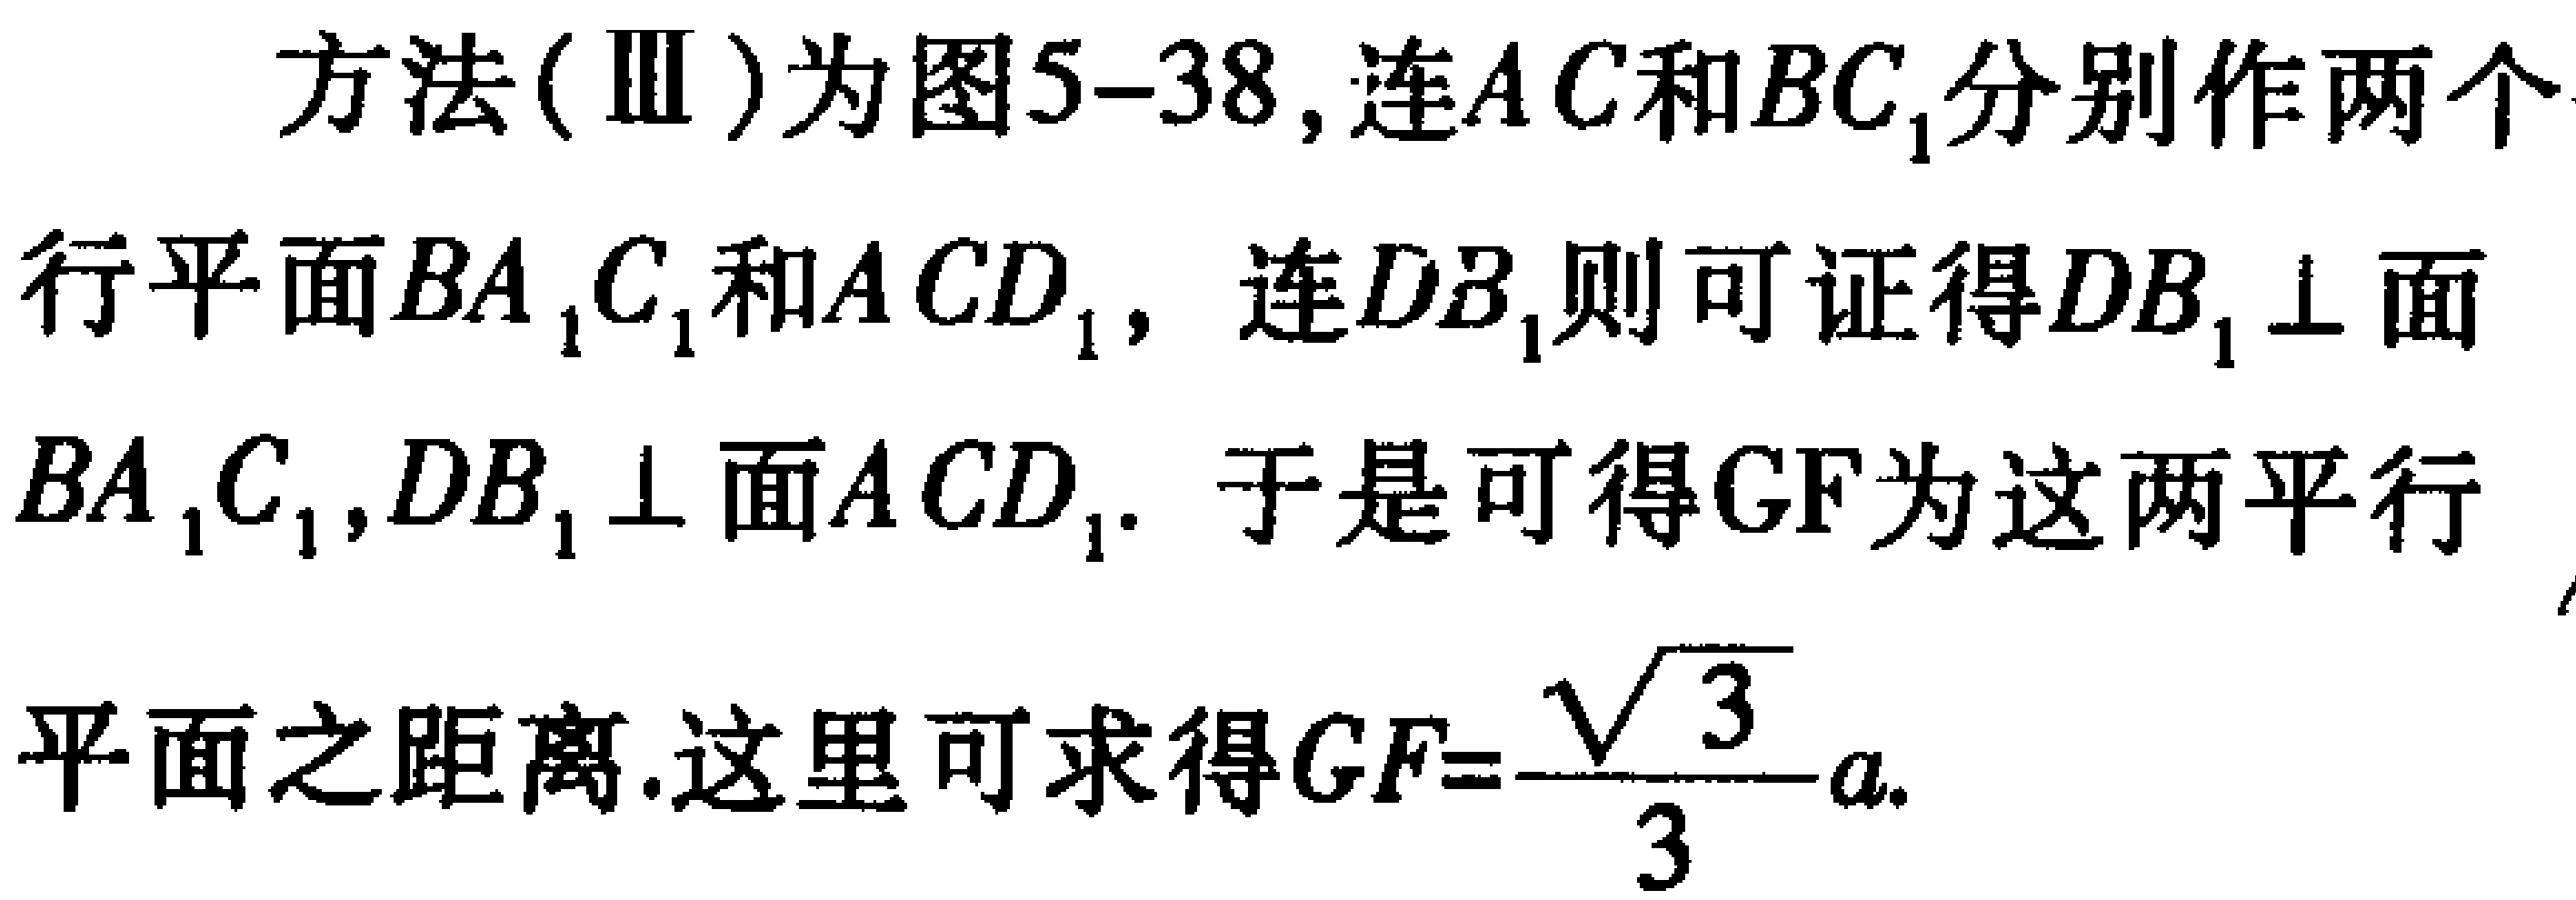
方法(Ⅲ)为图5-38,连\(AC\)和\(BC_{1}\)分别作两个平行平面\(BA_{1}C_{1}\)和\(ACD_{1}\)，连\(DB_{1}\)则可证得\(DB_{1}\perp\)面\(BA_{1}C_{1}\),\(DB_{1}\perp\)面\(ACD_{1}\). 于是可得\(GF\)为这两平行平面之距离.这里可求得\(GF = \frac{\sqrt{3}}{3}a\).